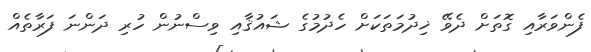
ފެންވަރާއި ގޮތަށް ދެވޭ ޚިދުމަތަކަށް ހެދުމުގެ ޝައުޤާއި ވިސްނުން ހުރި ދަންނަ ފަރާތެއް